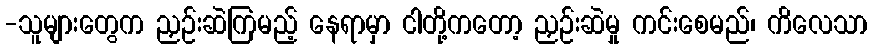
-သူများတွေက ညှဉ်းဆဲကြမည့် နေရာမှာ ငါတို့ကတော့ ညှဉ်းဆဲမှု ကင်းစေမည်၊ ကိလေသာ